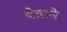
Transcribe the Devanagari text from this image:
वेदाने